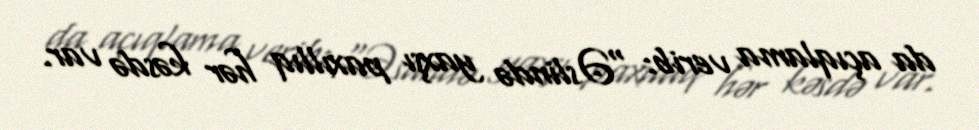
da açıqlama verib: “Əslində yaxşı paxıllıq hər kəsdə var.